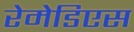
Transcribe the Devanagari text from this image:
रेमेडिएस